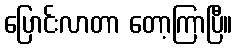
ပြောင်းလာတာ တော့ကြာပြီ။